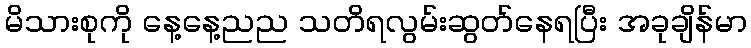
မိသားစုကို နေ့နေ့ညည သတိရလွမ်းဆွတ်နေရပြီး အခုချိန်မာ